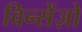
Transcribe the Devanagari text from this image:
विन्सेंज़ो